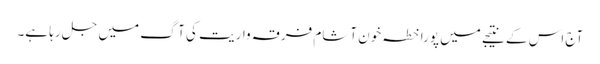
آج اس کے نتیجے میں پورا خطہ خون آشام فرقہ واریت کی آگ میں جل رہا ہے۔